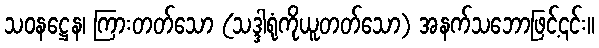
သဝနဋ္ဌေန၊ ကြားတတ်သော (သဒ္ဒါရုံကိုယူတတ်သော) အနက်သဘောဖြင့်၎င်း။